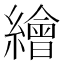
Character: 繪